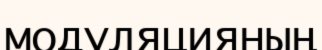
модуляцияның